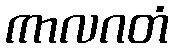
ကာလဂတံ